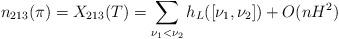
LaTeX: \begin{align*}n_{213}(\pi)=X_{213}(T)=\sum_{\nu_1<\nu_2} h_L([\nu_1,\nu_2]) +O(nH^2)\end{align*}